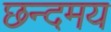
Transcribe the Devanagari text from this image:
छन्दमय